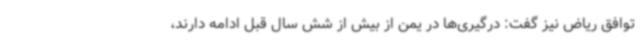
توافق ریاض نیز گفت: درگیری‌ها در یمن از بیش از شش سال قبل ادامه دارند،